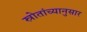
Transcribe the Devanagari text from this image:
स्रोतांच्‍यानुसार